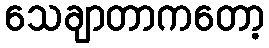
သေချာတာကတော့